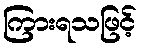
ကြားရသဖြင့်